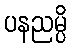
ပနညမ္ပိ